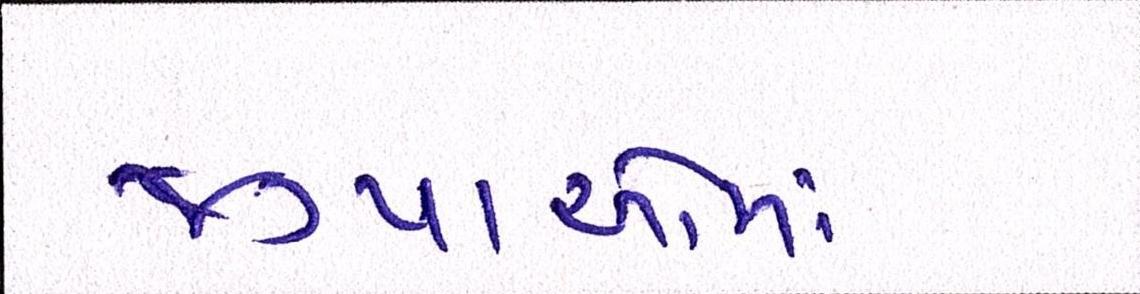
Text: જગ્યાઓમાં